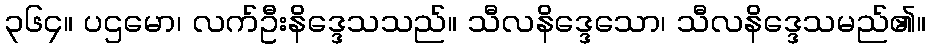
၃၆၄။ ပဌမော၊ လက်ဦးနိဒ္ဒေသသည်။ သီလနိဒ္ဒေသော၊ သီလနိဒ္ဒေသမည်၏။